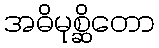
အဓိမုစ္ဆိတော